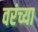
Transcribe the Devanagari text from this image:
वरंच्या